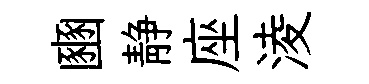
豳静座淩